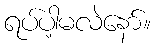
ရပ်ပါ့မလဲနော်။